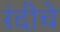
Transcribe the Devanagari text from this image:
रंदीचे